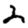
Digit: 2